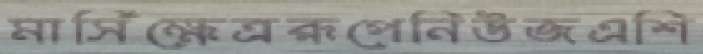
মার্সিক্ষেত্ররূপেনিউজএশি